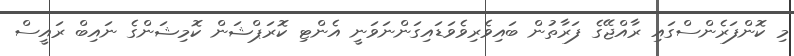
މި ކޮންފަރެންސްގައި ރާއްޖޭގެ ފަރާތުން ބައިވެރިވެވަޑައިގަންނަވަނީ އެންޓި ކޮރަޕްޝަން ކޮމިޝަންގެ ނައިބް ރައީސް